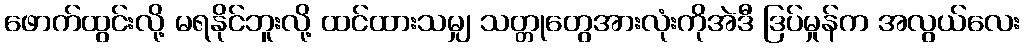
ဖောက်ထွင်းလို့ မရနိုင်ဘူးလို့ ထင်ထားသမျှ သတ္တုတွေအားလုံးကိုအဲဒီ ဒြပ်မှုန်က အလွယ်လေး